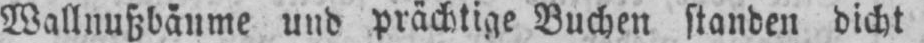
Wallnußbäume und prächtige Buchen standen dicht